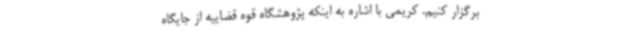
برگزار کنیم. کریمی با اشاره به اینکه پژوهشگاه قوه قضاییه از جایگاه